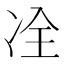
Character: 㓌